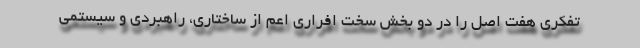
تفکری هفت اصل را در دو بخش سخت افراری اعم از ساختاری، راهبردی و سیستمی